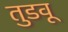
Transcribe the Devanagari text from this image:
तुडवू